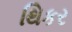
થિકર